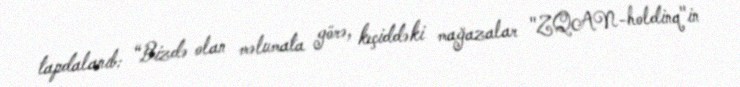
tapdalanıb: “Bizdə olan məlumata görə, keçiddəki mağazalar "ZQAN-holdinq"in